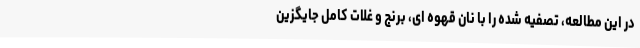
در این مطالعه، تصفیه شده را با نان قهوه ای، برنج و غلات کامل جایگزین